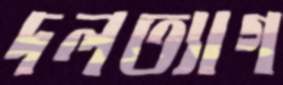
দলত্যাগ